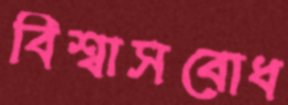
বিশ্বাসবোধ